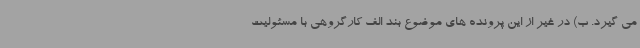
می گیرد. ب) در غیر از این پرونده های موضوع بند الف کارگروهی با مسئولیت